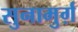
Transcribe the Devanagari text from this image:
सुनामुर्ग़